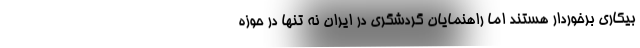
بیکاری برخوردار هستند اما راهنمایان گردشگری در ایران نه تنها در حوزه